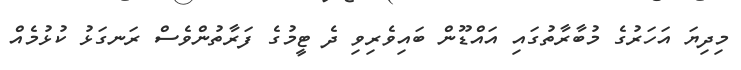
މިދިޔަ އަހަރުގެ މުބާރާތުގައި އައްޑޫން ބައިވެރިވި ދެ ޓީމުގެ ފަރާތުންވެސް ރަނގަޅު ކުޅުމެއް